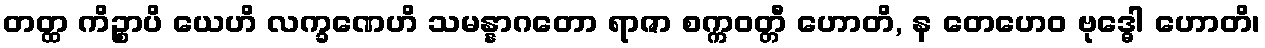
တတ္ထ ကိဉ္စာပိ ယေဟိ လက္ခဏေဟိ သမန္နာဂတော ရာဇာ စက္ကဝတ္တီ ဟောတိ, န တေဟေဝ ဗုဒ္ဓေါ ဟောတိ၊